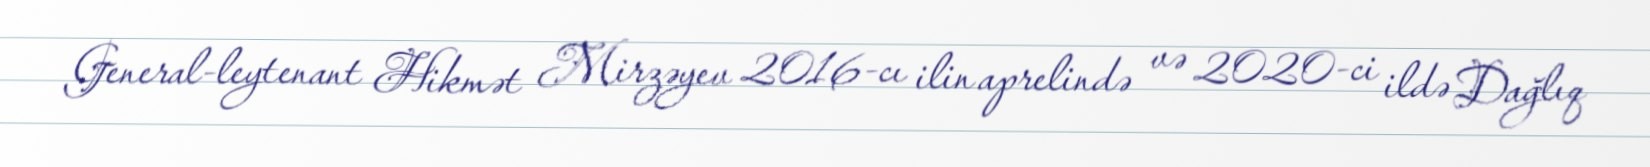
General-leytenant Hikmət Mirzəyev 2016-cı ilin aprelində və 2020-ci ildə Dağlıq